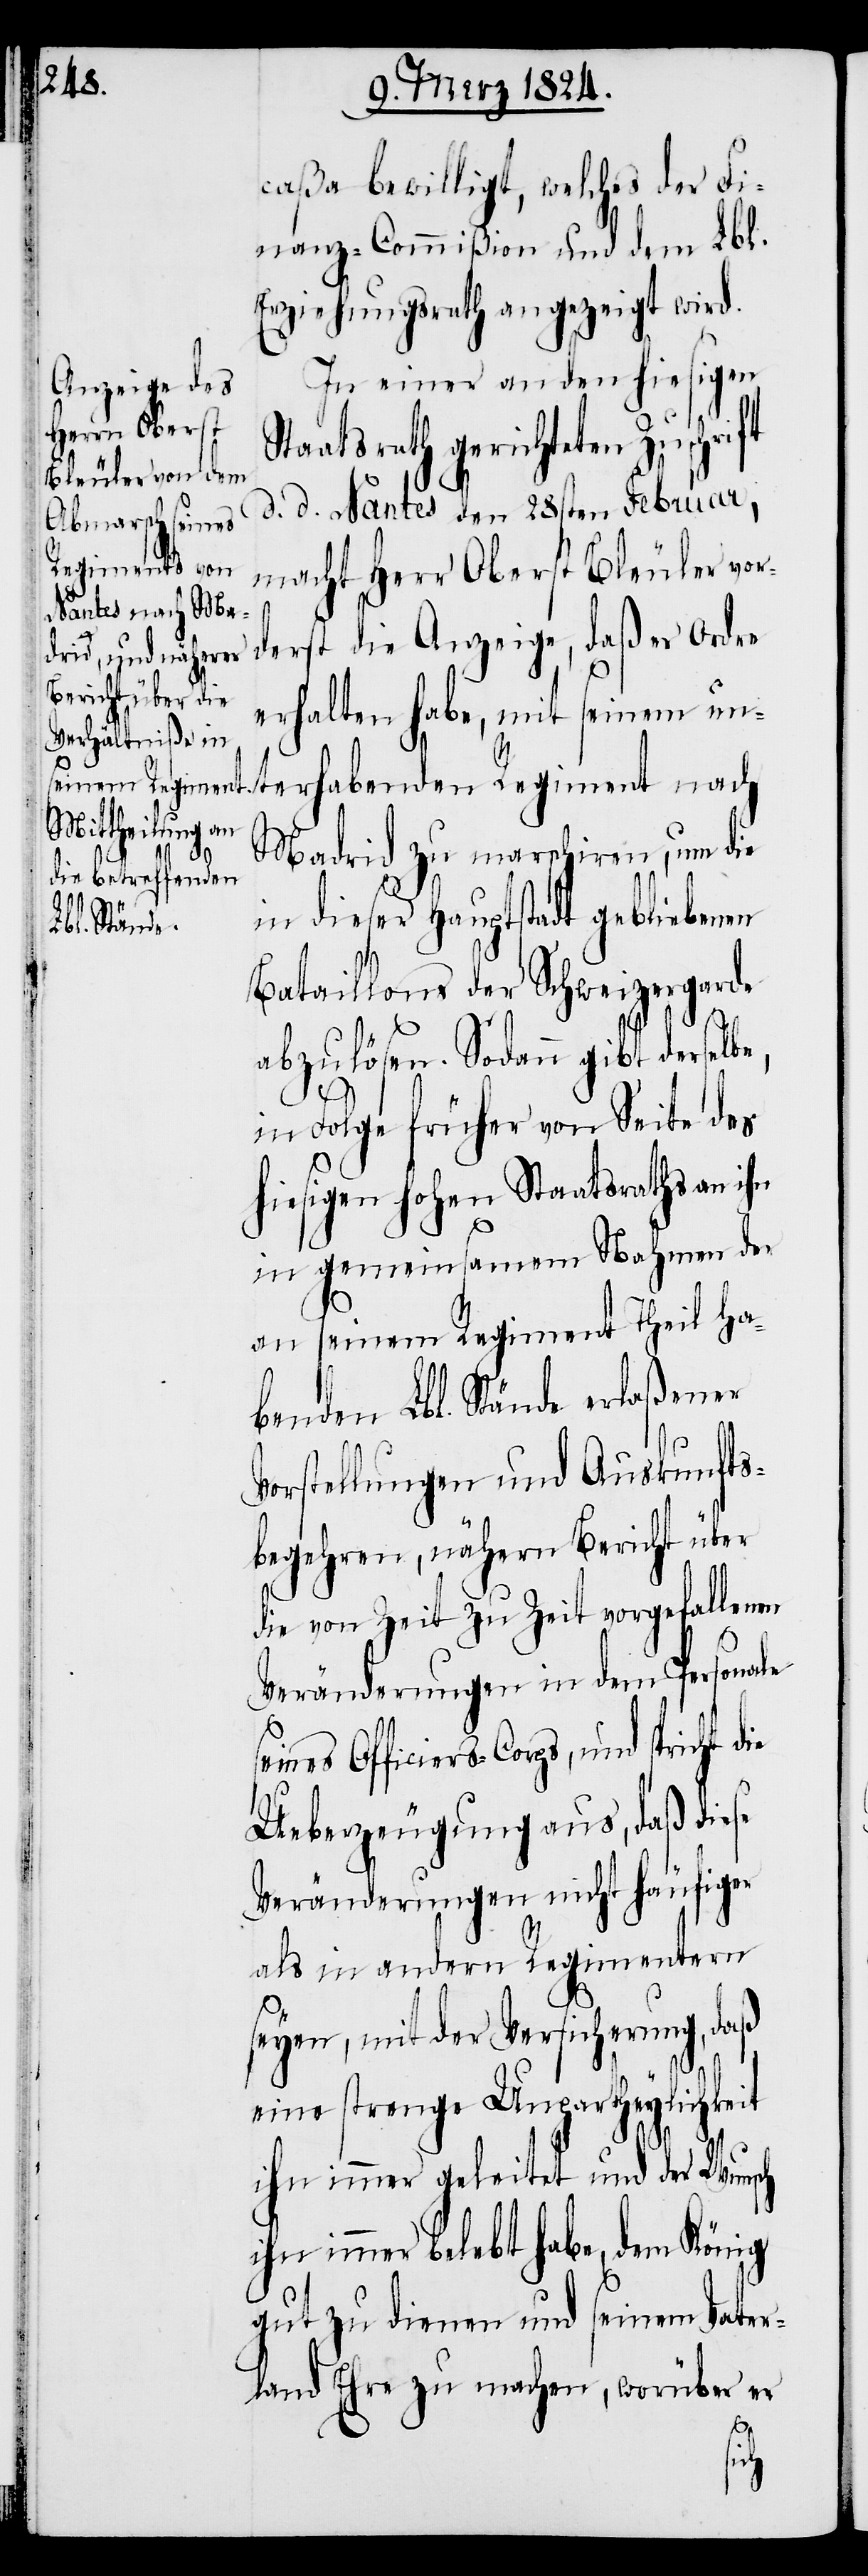
sch ihn
die
caßa bewilligt, welches der Fi¬
nanz-Commißion und dem Lbl.
Erziehungsrath angezeigt wird.
In einer an den hiesigen
Staatsrath gerichteten Zuschrift
d. d. Nantes den 28sten Februar,
macht Herr Oberst Bleuler vor¬
derst die Anzeige, daß er Ordre
erhalten habe, mit seinem u¬
nterhabenden Regiment nach
Madrid zu marschiren, um die
in dieser Hauptstadt gebliebenen
Bataillons der Schweizergarde
abzulösen. Sodann gibt derselb¬
in Folge früher von Seite des
hiesigen hohen Staatsraths an ihn
in gemeinsamem Nahmen der
an seinem Regiment Theil ha¬
benden Lbl. Stände erlaßener
Vorstellungen und Auskunfts¬
begehren, nähern Bericht über
die von Zeit zu Zeit vorgefallenen
Veränderungen in dem Personale
Ueberzeugung aus, daß diese
Veränderungen nicht häufiger
als in andern Regimentern
seyen, mit der Versicherung, daß
eine strenge Unpartheylichkeit
ihn immer geleitet und der Wun¬
immer belebt habe, dem König
gut zu dienen und seinem Vater¬
land Ehre zu machen, worüber er